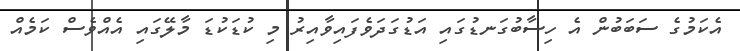
އެކަމުގެ ސަބަބުން އެ ހިސާބުގަނޑުގައި އަޑުގަދަވެފައިވާއިރު މި ކުޑަކުޑަ މާލޭގައި އެއްވެސް ކަމެއް